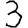
Digit: 3